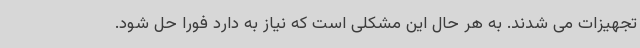
تجهیزات می شدند. به هر حال این مشکلی است که نیاز به دارد فورا حل شود.